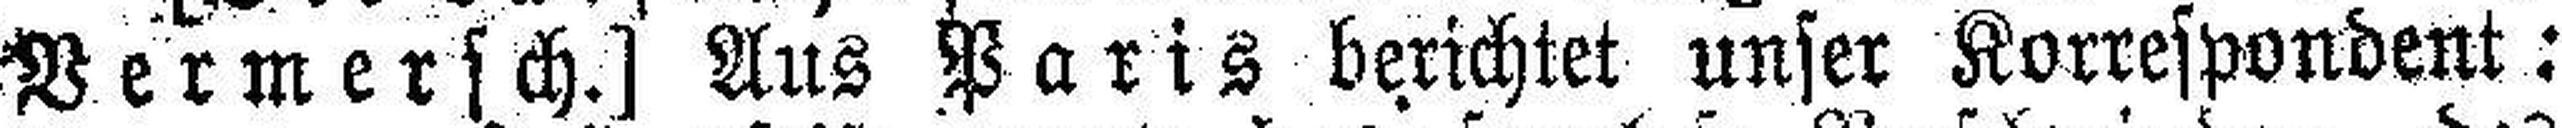
Vermersch.] Aus Paris berichtet unser Korrespondent: